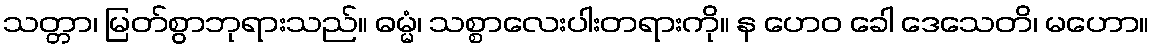
သတ္တာ၊ မြတ်စွာဘုရားသည်။ ဓမ္မံ၊ သစ္စာလေးပါးတရားကို။ န ဟေဝ ခေါ ဒေသေတိ၊ မဟော။